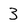
Character: 3